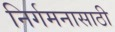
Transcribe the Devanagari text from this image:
निर्गमनासाठी